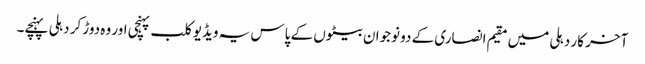
آخر کار دہلی میں مقیم انصاری کے دو نوجوان بیٹوں کے پاس یہ ویڈیو کلب پہنچی اور وہ دوڑ کر دہلی پہنچے۔